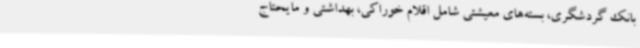
بانک گردشگری، بسته‌های معیشتی شامل اقلام خوراکی، بهداشتی و مایحتاج